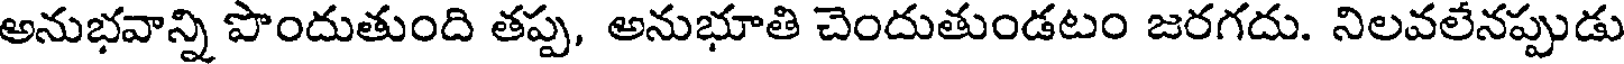
అనుభవాన్ని పొందుతుంది తప్ప, అనుభూతి చెందుతుండటం జరగదు. నిలవలేనప్పుడు